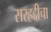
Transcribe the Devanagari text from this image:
सरहद्दीचा